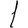
Digit: 1